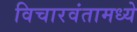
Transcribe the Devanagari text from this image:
विचारवंतामध्ये